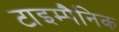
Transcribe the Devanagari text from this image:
टाइम्पैनिक